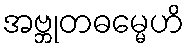
အဗ္ဘုတဓမ္မေဟိ